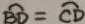
\widehat { B D } = \widehat { C D }